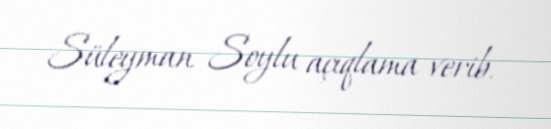
Süleyman Soylu açıqlama verib.